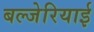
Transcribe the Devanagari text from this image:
बल्जेरियाई